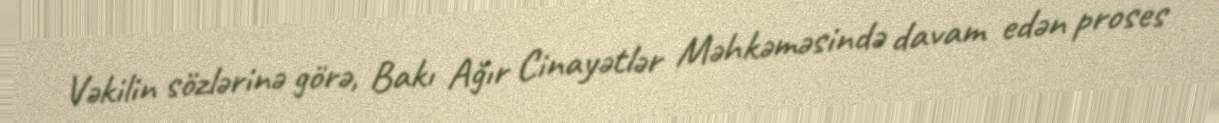
Vəkilin sözlərinə görə, Bakı Ağır Cinayətlər Məhkəməsində davam edən proses